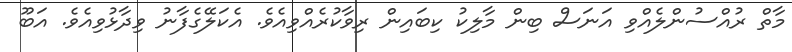
މާތް ރުއްސުންލެއްވި އަނަސް ބިން މާލިކު ކިބައިން ރިވާކުރެއްވިއެވެ. އެކަލޭގެފާނު ވިދާޅުވިއެވެ. އަބޫ